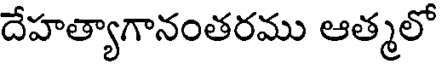
దేహత్యాగానంతరము ఆత్మలో